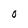
Character: O